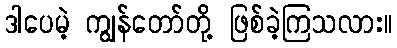
ဒါပေမဲ့ ကျွန်တော်တို့ ဖြစ်ခဲ့ကြသလား။